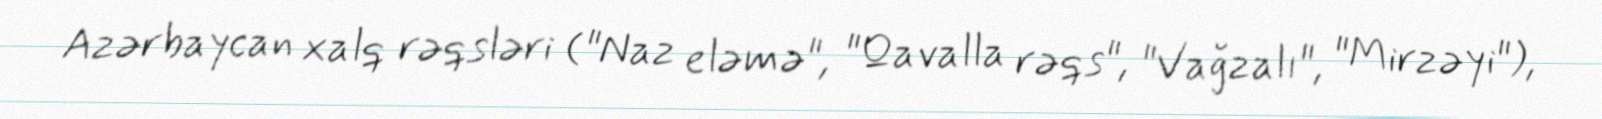
Azərbaycan xalq rəqsləri ("Naz eləmə", "Qavalla rəqs", "Vağzalı", "Mirzəyi"),